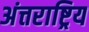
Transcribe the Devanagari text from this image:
अंत्तराष्ट्रिय